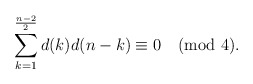
\begin{align*} \sum_{k=1}^{\frac{n-2}{2}} d(k) d(n-k) \equiv 0 \pmod{4}.\end{align*}